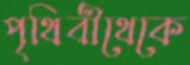
পৃথিবীথেকে